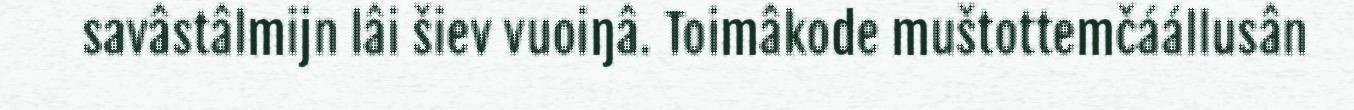
savâstâlmijn lâi šiev vuoiŋâ. Toimâkode muštottemčáállusân